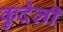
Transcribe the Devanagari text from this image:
कुदेली